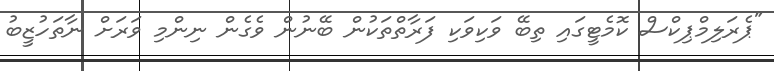
"ޕެރަލިމްޕިކްސް ކޮމެޓީގައި ތިބޭ ވަކިވަކި ފަރާތްތަކުން ބޭނުން ވެގެން ނިންމި ވަރަށް ނާތަހުޒީބު